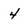
Character: 4